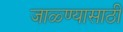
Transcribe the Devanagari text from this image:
जाळ्ण्यासाठी